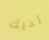
لديك